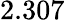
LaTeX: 2.307